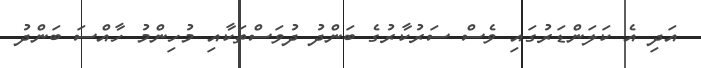
އަދި އެ ކަލަންޑަރުގައި ވެސް ސަރުކާރުގެ ބަންދު ދުވަސްތަކާއި މުހިންމު ހާއްސަ ބަންދު